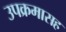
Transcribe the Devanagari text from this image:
उपक्रमासह